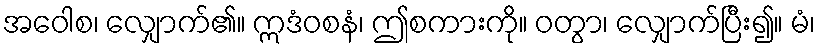
အဝေါစ၊ လျှောက်၏။ ဣဒံဝစနံ၊ ဤစကားကို။ ဝတွာ၊ လျှောက်ပြီး၍။ မံ၊